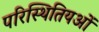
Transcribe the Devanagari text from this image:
परिस्थितियओं